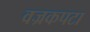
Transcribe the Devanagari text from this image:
वज्रकपटा